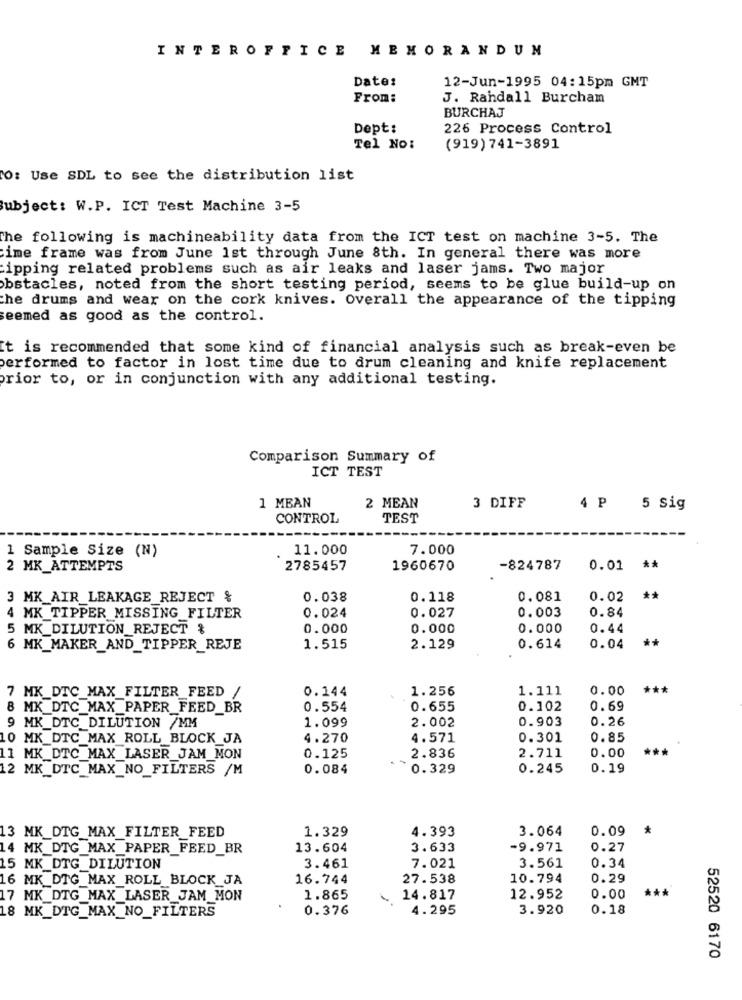
INTEROFFICE MEMORANDUN
Date:
12-Jun-1995 04:15pm GMT
From:
J. Randall Burcham
BURCHAJ
Dept:
226 Process Control
Tel No:
(919) 741-3891
O: Use SDL to see the distribution list
Subject: W.P. ICT Test Machine 3-5
The following is machineability data from the ICT test on machine 3-5. The
time frame was from June 1st through June 8th. In general there was more
ipping related problems such as air leaks and laser jams. Two major
obstacles, noted from the short testing period, seems to be glue build-up on
the drums and wear on the cork knives. Overall the appearance of the tipping
seemed as good as the control.
It is recommended that some kind of financial analysis such as break-even be
performed to factor in lost time due to drum cleaning and knife replacement
prior to, or in conjunction with any additional testing.
Comparison Summary of
ICT TEST
1 MEAN
2 MEAN
3 DIFF
4 P 5 sig
CONTROL
TEST
1 Sample Size (N)
11.000
7.000
2 MK_ATTEMPTS
2785457
1960670
-824787
0.01 **
3 MK_AIR_LEAKAGE REJECT &
0.038
0.118
0.081
0.02
**
0.027
0.003
0.84
4 MK_TIPPER MISSING FILTER
0.024
5 MK_DILUTION_REJECT &
0.000
0.000
0.000
0.44
**
6 MK_MAKER_AND_TIPPER_REJE
1.515
2.129
0.614
0.04
0.144
1.256
1.111
0.00
***
7 MK_DTC_MAX_FILTER_FEED /
8 MK_DTC_MAX_PAPER_FEED_BR
0.554
0.655
0.102
0.69
1.099
2.002
0.903
0.26
9 MK_DTC_DILUTION /MM
10 MK_DTC_MAX_ROLL_BLOCK_JA
4.270
4.571
0.301
0.85
0.00
***
11 MK_DTC_MAX_LASER_JAM_MON
0.125
2.836
2.711
12 MK_DTC MAX_NO_FILTERS /M
0.084
0.329
0.245
0.19
1.329
4.393
3.064
0.09
*
13 MK_DTG_MAX_FILTER_FEED
14 MK_DTG_MAX_PAPER_FEED_BR
13.604
3.633
-9.971
0.27
15 MK_DTG DILUTION
3.461
7.021
3.561
0.34
16 MK_ DTG MAX ROLL BLOCK JA
16.744
27.538
10.794
0.29
***
17 MK_ DTG_MAX LASER JAM MON
1.865
14.817
12.952
0.00
18 MK_DTG_MAX_NO_FILTERS
0.376
4.295
3.920
0.18
52520 6170